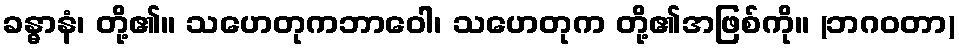
ခန္ဓာနံ၊ တို့၏။ သဟေတုကဘာဝေါ၊ သဟေတုက တို့၏အဖြစ်ကို။ (ဘဂဝတာ)